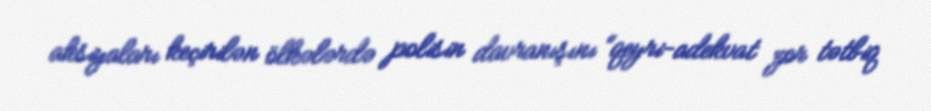
aksiyaları keçirilən ölkələrdə polisin davranışını “qeyri-adekvat zor tətbiq